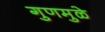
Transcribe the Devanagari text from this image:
गुणमुळे